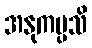
အနုကမ္ပသိ